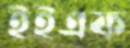
ইইএফ